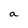
Character: a